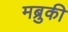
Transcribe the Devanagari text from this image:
मब्रुकी